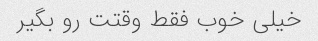
خیلی خوب فقط وقتت رو بگیر